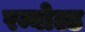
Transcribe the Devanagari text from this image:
रम्बोल्ड